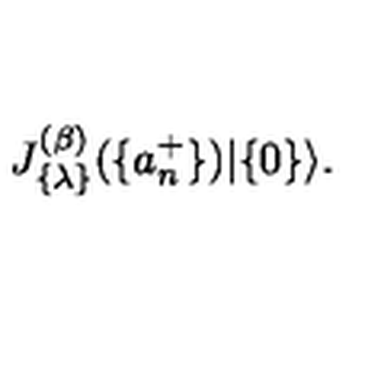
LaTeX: J _ { \{ \lambda \} } ^ { ( \beta ) } ( \{ a _ { n } ^ { + } \} ) | \{ 0 \} \rangle .